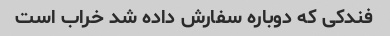
فندکی که دوباره سفارش داده شد خراب است